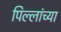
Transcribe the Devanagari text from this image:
पिल्लांच्या